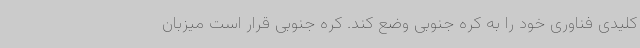
کلیدی فناوری خود را به کره جنوبی وضع کند. کره جنوبی قرار است میزبان